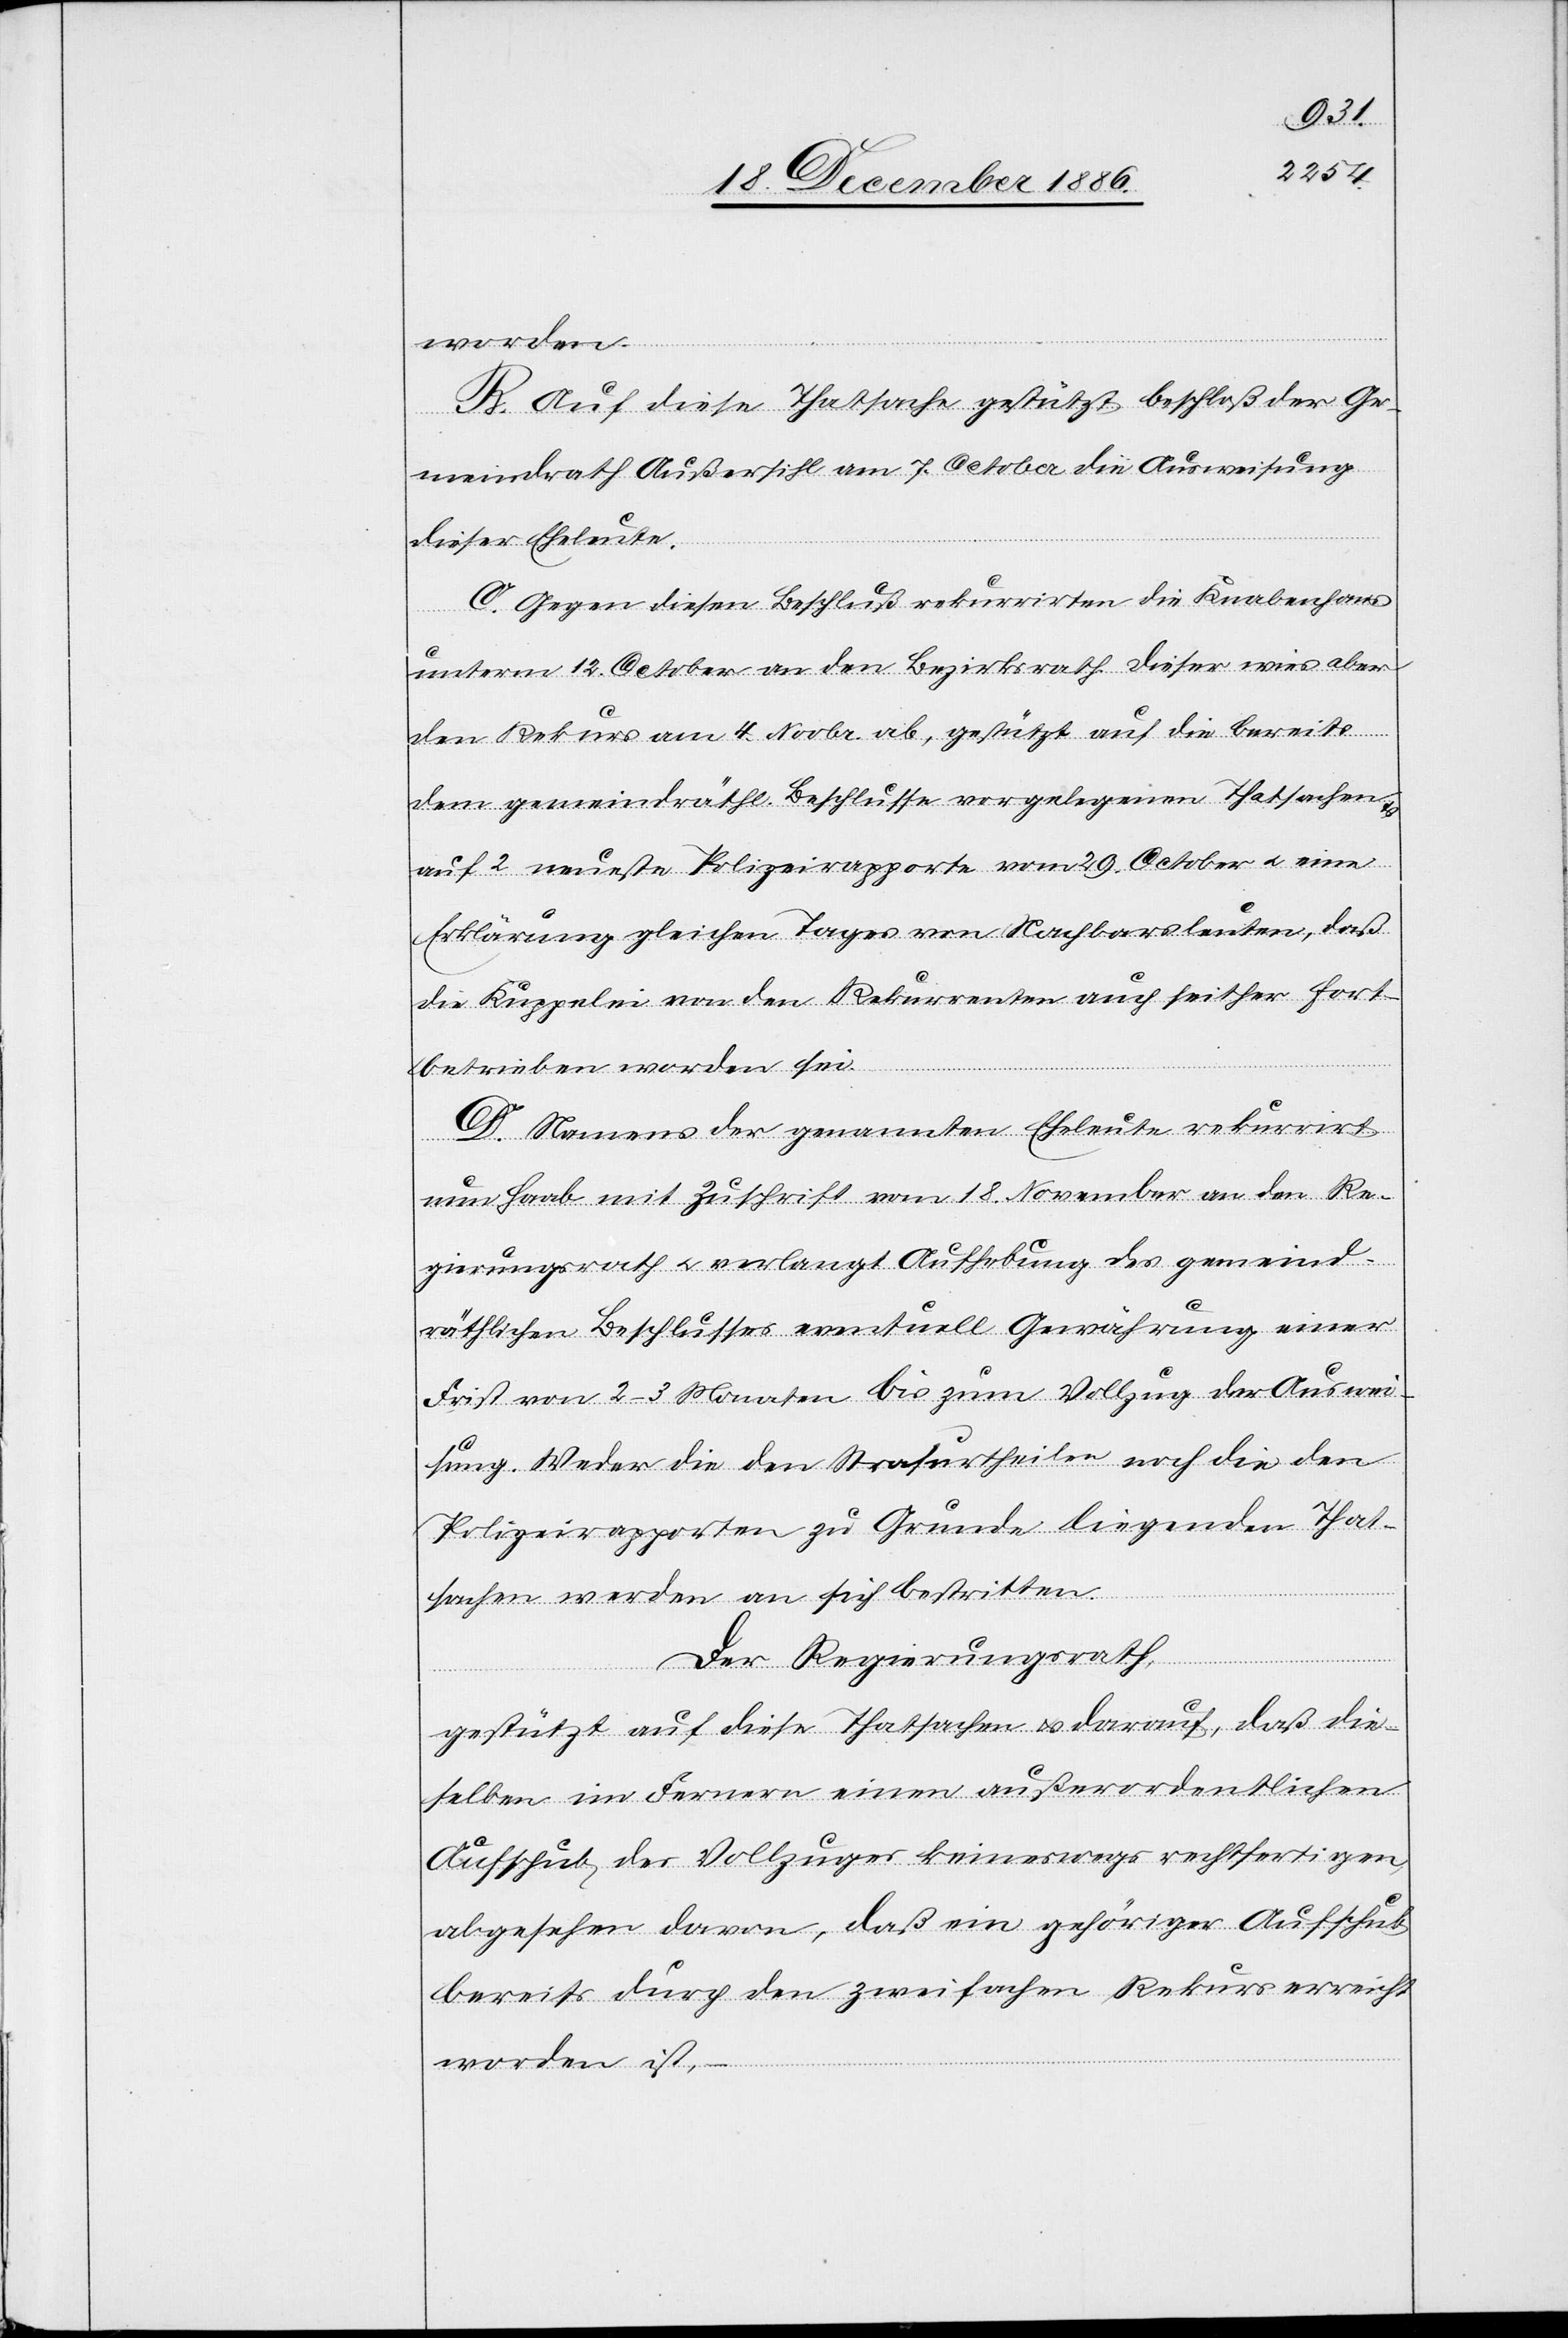
worden.
B. Auf diese Thatsache gestützt beschloß der Ge¬
meindrath Außersihl am 7. October die Ausweisung
dieser Eheleute.
C. Gegen diesen Beschluß rekurrirten die Knabenhans
unterm 12. October an den Bezirksrath. Dieser wies aber
den Rekurs am 4. Novbr. ab, gestützt auf die bereits
dem gemeindräthl. Beschlusse vorgelegenen Thatsachen
auf 2 neueste Polizeirapporte vom 29. October & eine
Erklärung gleichen Tages von Nachbarsleuten, daß
die Kuppelei von den Rekurrenten auch seither fort¬
betrieben worden sei.
D. Namens der genannten Eheleute rekurrirt
nun Haab mit Zuschrift vom 18. November an den Re¬
gierungsrath & verlangt Aufhebung des gemeind¬
räthlichen Beschlusses eventuell Gewährung einer
Frist von 2–3 Monaten bis zum Vollzug der Auswei¬
sung. Weder die den Strafurtheilen noch die den
Polizeirapporten zu Grunde liegenden That¬
sachen werden an sich bestritten.
Der Regierungsrath,
gestützt auf diese Thatsachen & darauf, daß die¬
selben im Fernern einen außerordentlichen
Aufschub des Vollzuges keineswegs rechtfertigen,
abgesehen davon, daß ein gehöriger Aufschub
bereits durch den zweifachen Rekurs erreicht
worden ist, –